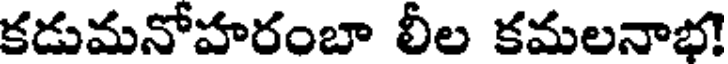
కడుమనోహరంబా లీల కమలనాభ!